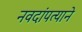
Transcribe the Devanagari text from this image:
नवदांपत्याने